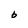
Character: b